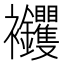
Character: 𧟝